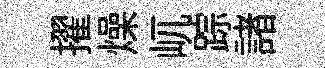
擢燥屼踪諸